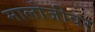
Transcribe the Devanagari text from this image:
मालोजीवर